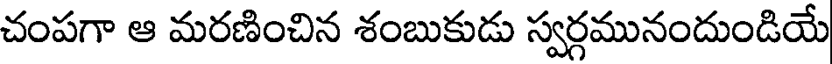
చంపగా ఆ మరణించిన శంబుకుడు స్వర్గమునందుండియే